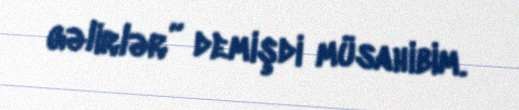
gəlirlər” demişdi müsahibim.